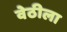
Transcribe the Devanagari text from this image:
वेठीला